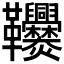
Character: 𩎑